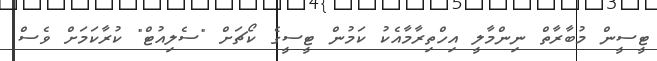
ޓީސީން މުބާރާތް ނިންމާލީ އިހްތިރާމާއެކު ކަމުން ޓީސީގެ ކޯޗަށް "ސެލިއުޓް" ކުރާކަމަށް ވެސް